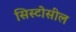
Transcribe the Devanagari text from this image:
सिस्टोसील